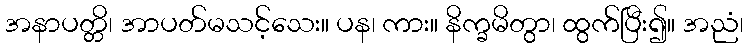
အနာပတ္တိ၊ အာပတ်မသင့်သေး။ ပန၊ ကား။ နိက္ခမိတွာ၊ ထွက်ပြီး၍။ အညံ၊